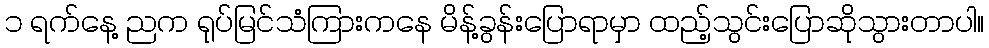
၁ ရက်နေ့ ညက ရုပ်မြင်သံကြားကနေ မိန့်ခွန်းပြောရာမှာ ထည့်သွင်းပြောဆိုသွားတာပါ။